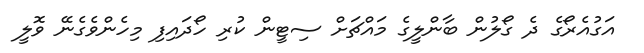
އަގުއެރޯގެ ދެ ގޯލުން ބާންލީގެ މައްޗަށް ސިޓީން ކުރި ހޯދައިފި މިހެންވެގެނޭ ވޮލީ